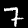
Digit: 7